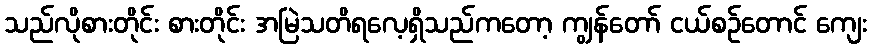
သည်လိုစားတိုင်း စားတိုင်း အမြဲသတိရလေ့ရှိသည်ကတော့ ကျွန်တော် ငယ်စဉ်တောင် ကျေး